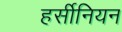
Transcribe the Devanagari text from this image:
हर्सीनियन